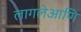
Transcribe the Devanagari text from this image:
लागलेआणि